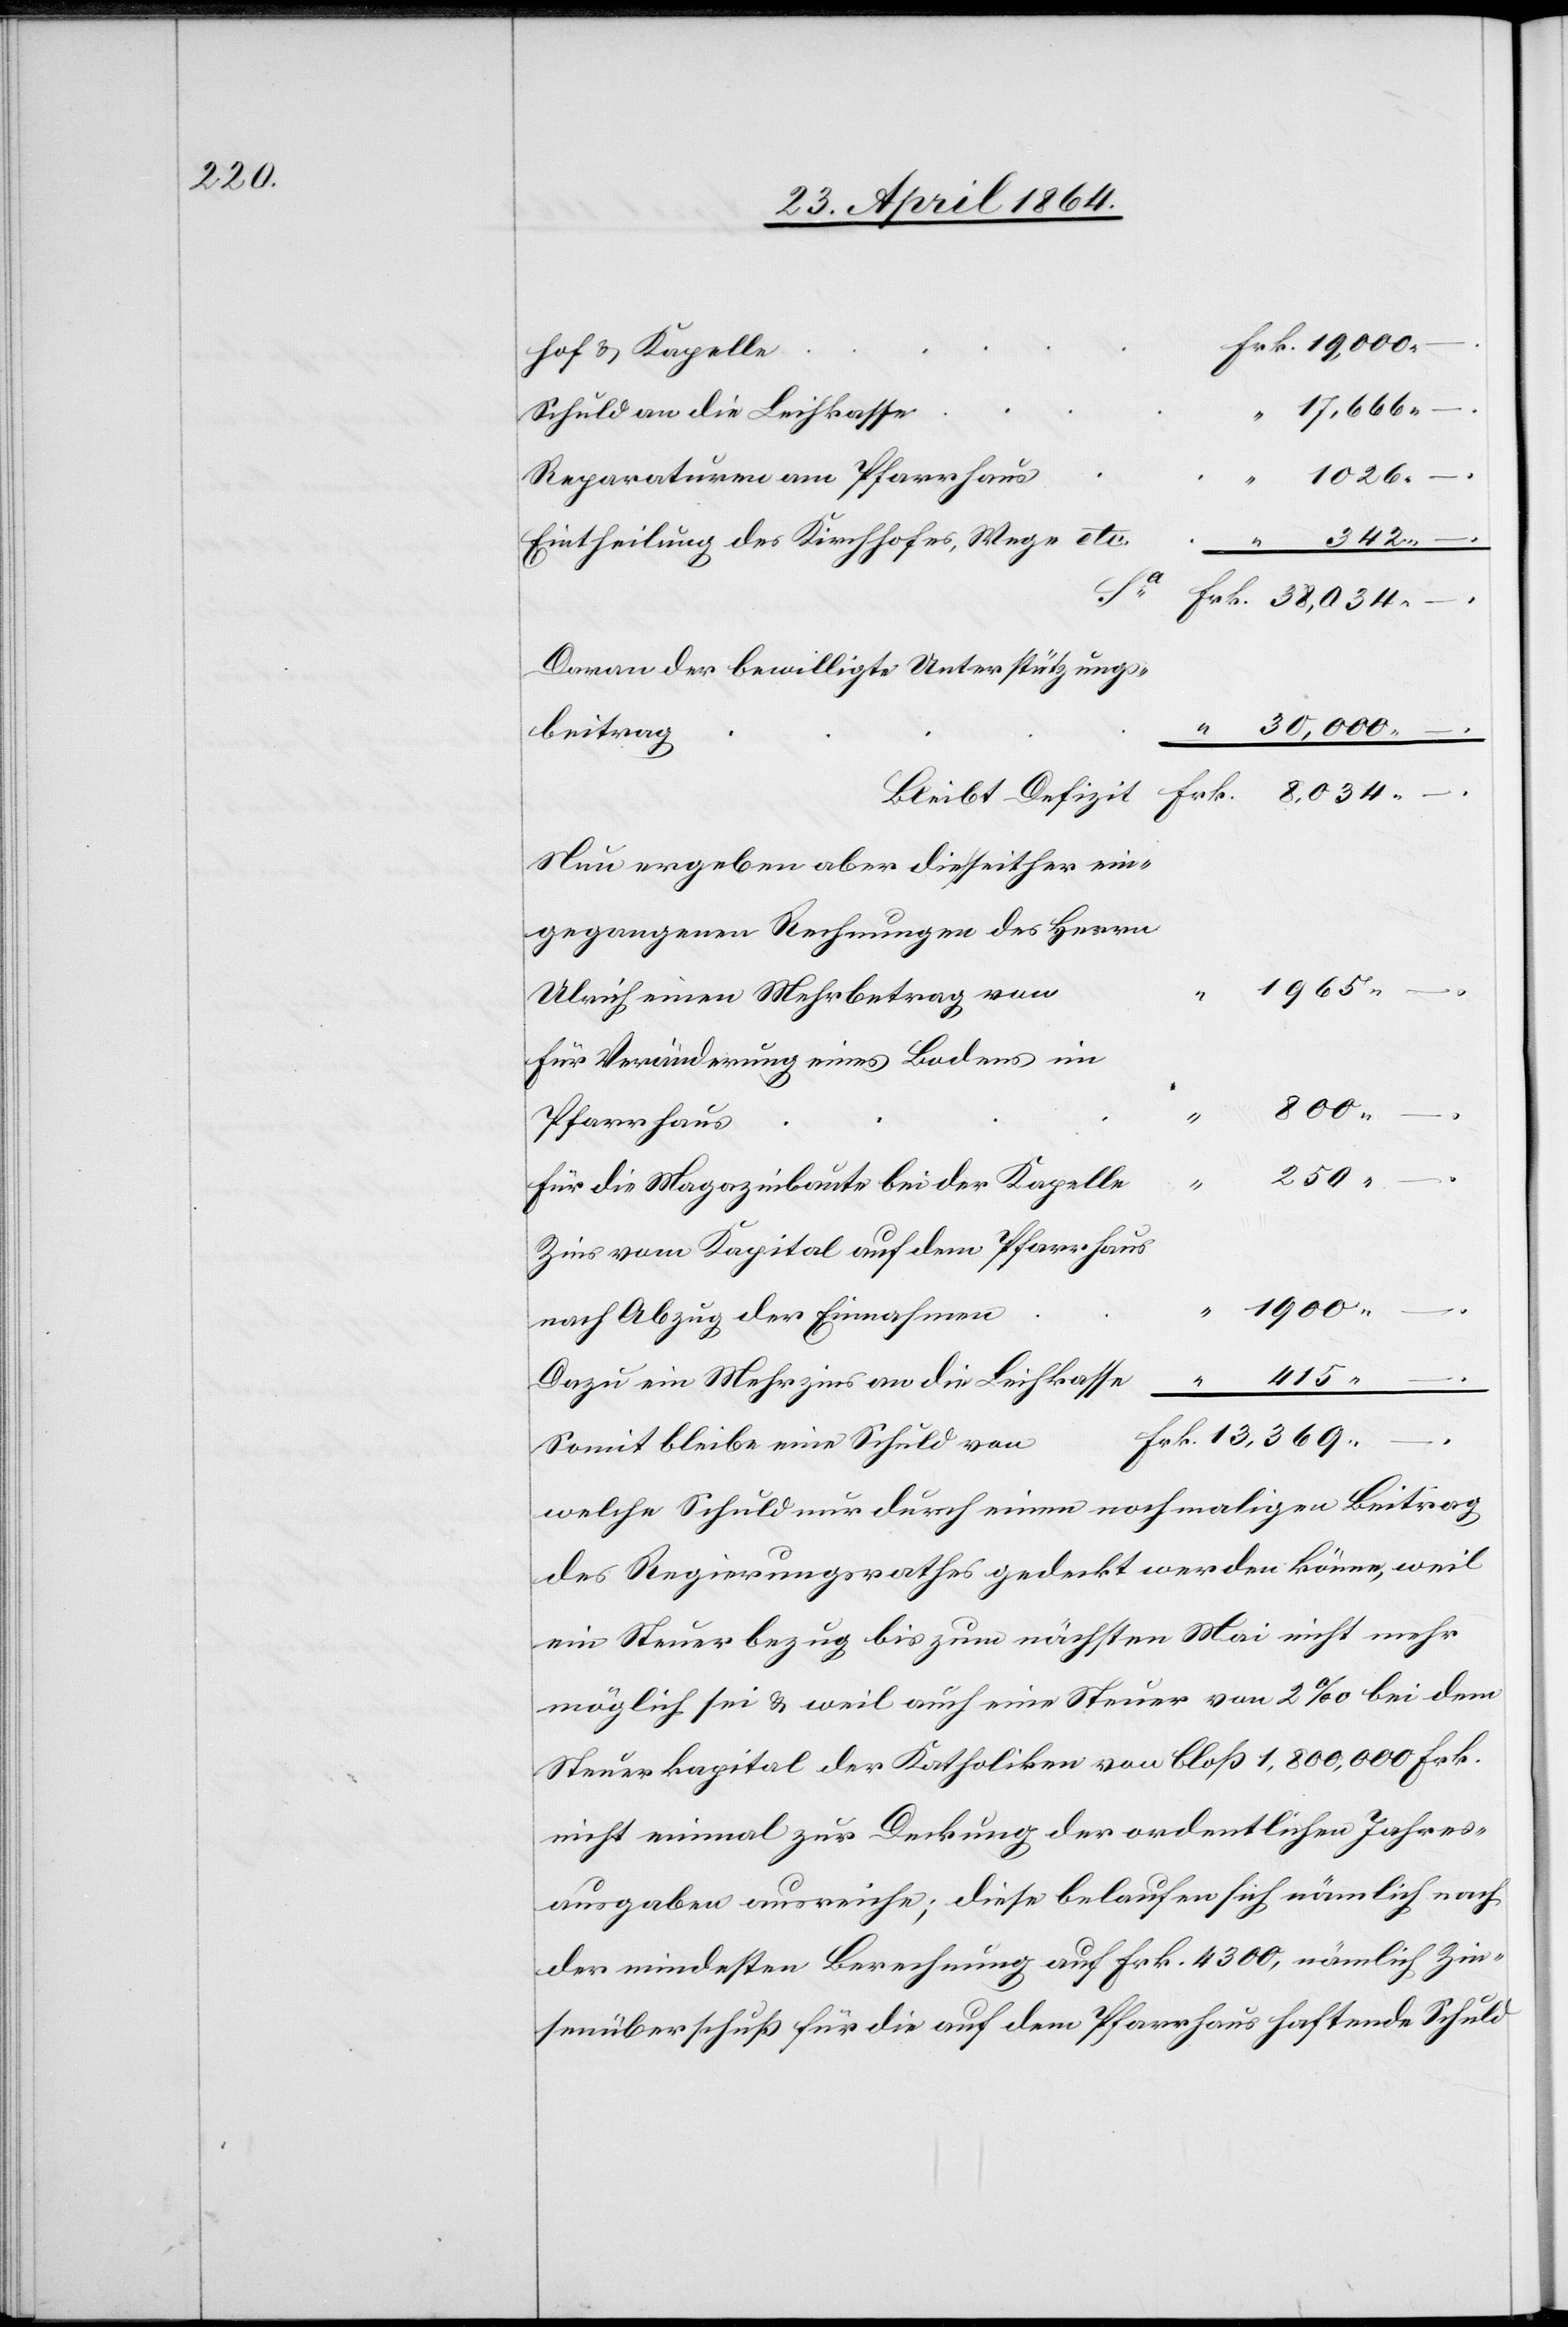
“ 17,666 –
ein
1026
Eintheilung des Kirchhofes, Wege
“ 415 –
an
die
a	Frk. 38,034
–
Davon der bewilligte Unterstützungs¬
“ 30,000 –
beitra¬
Bleibt Defizit		Frk. 8,034 –
Nun ergeben aber die seither ein¬
gegangenen Rechnungen des Herrn
1965
für Veränderung eines Bodens im
800 –
für die Magazinbaute bei der Kapell¬
Zins vom Kapital auf dem Pfarrhaus
1900
nach Abzug der Einnahmen
Somit bleibe eine Schuld
welche Schuld nur durch einen nochmaligen Beitrag
des Regierungsrathes gedeckt werden könne, weil
ein Steuerbezug bis zum nächsten Mai nicht mehr
möglich sei u. weil auch eine Steuer von 2‰ bei dem
Steuerkapital der Katholiken von bloß 1,800,000 Frk.
nicht einmal zur Deckung der ordentlichen Jahres¬
ausgaben ausreiche; diese belaufen sich nämlich nach
der mindesten Berechnung auf Frk. 4300, nämlich Zin¬
senüberschuß für die auf dem Pfarrhaus haftende Schuld